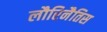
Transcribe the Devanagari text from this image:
लौरिनैतिस